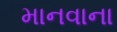
માનવાના